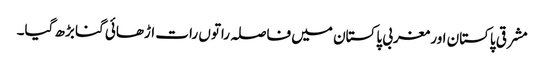
مشرقی پاکستان اور مغربی پاکستان میں فاصلہ راتوں رات اڑھائی گنا بڑھ گیا۔